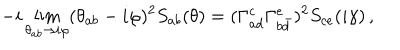
- i \lim _ { \theta _ { a b } \rightarrow i \varphi } ( \theta _ { a b } - i \varphi ) ^ { 2 } S _ { a b } ( \theta ) = ( \Gamma _ { a d } ^ { c } \Gamma _ { b \bar { d } } ^ { e } ) ^ { 2 } S _ { c e } ( i \gamma ) \, ,